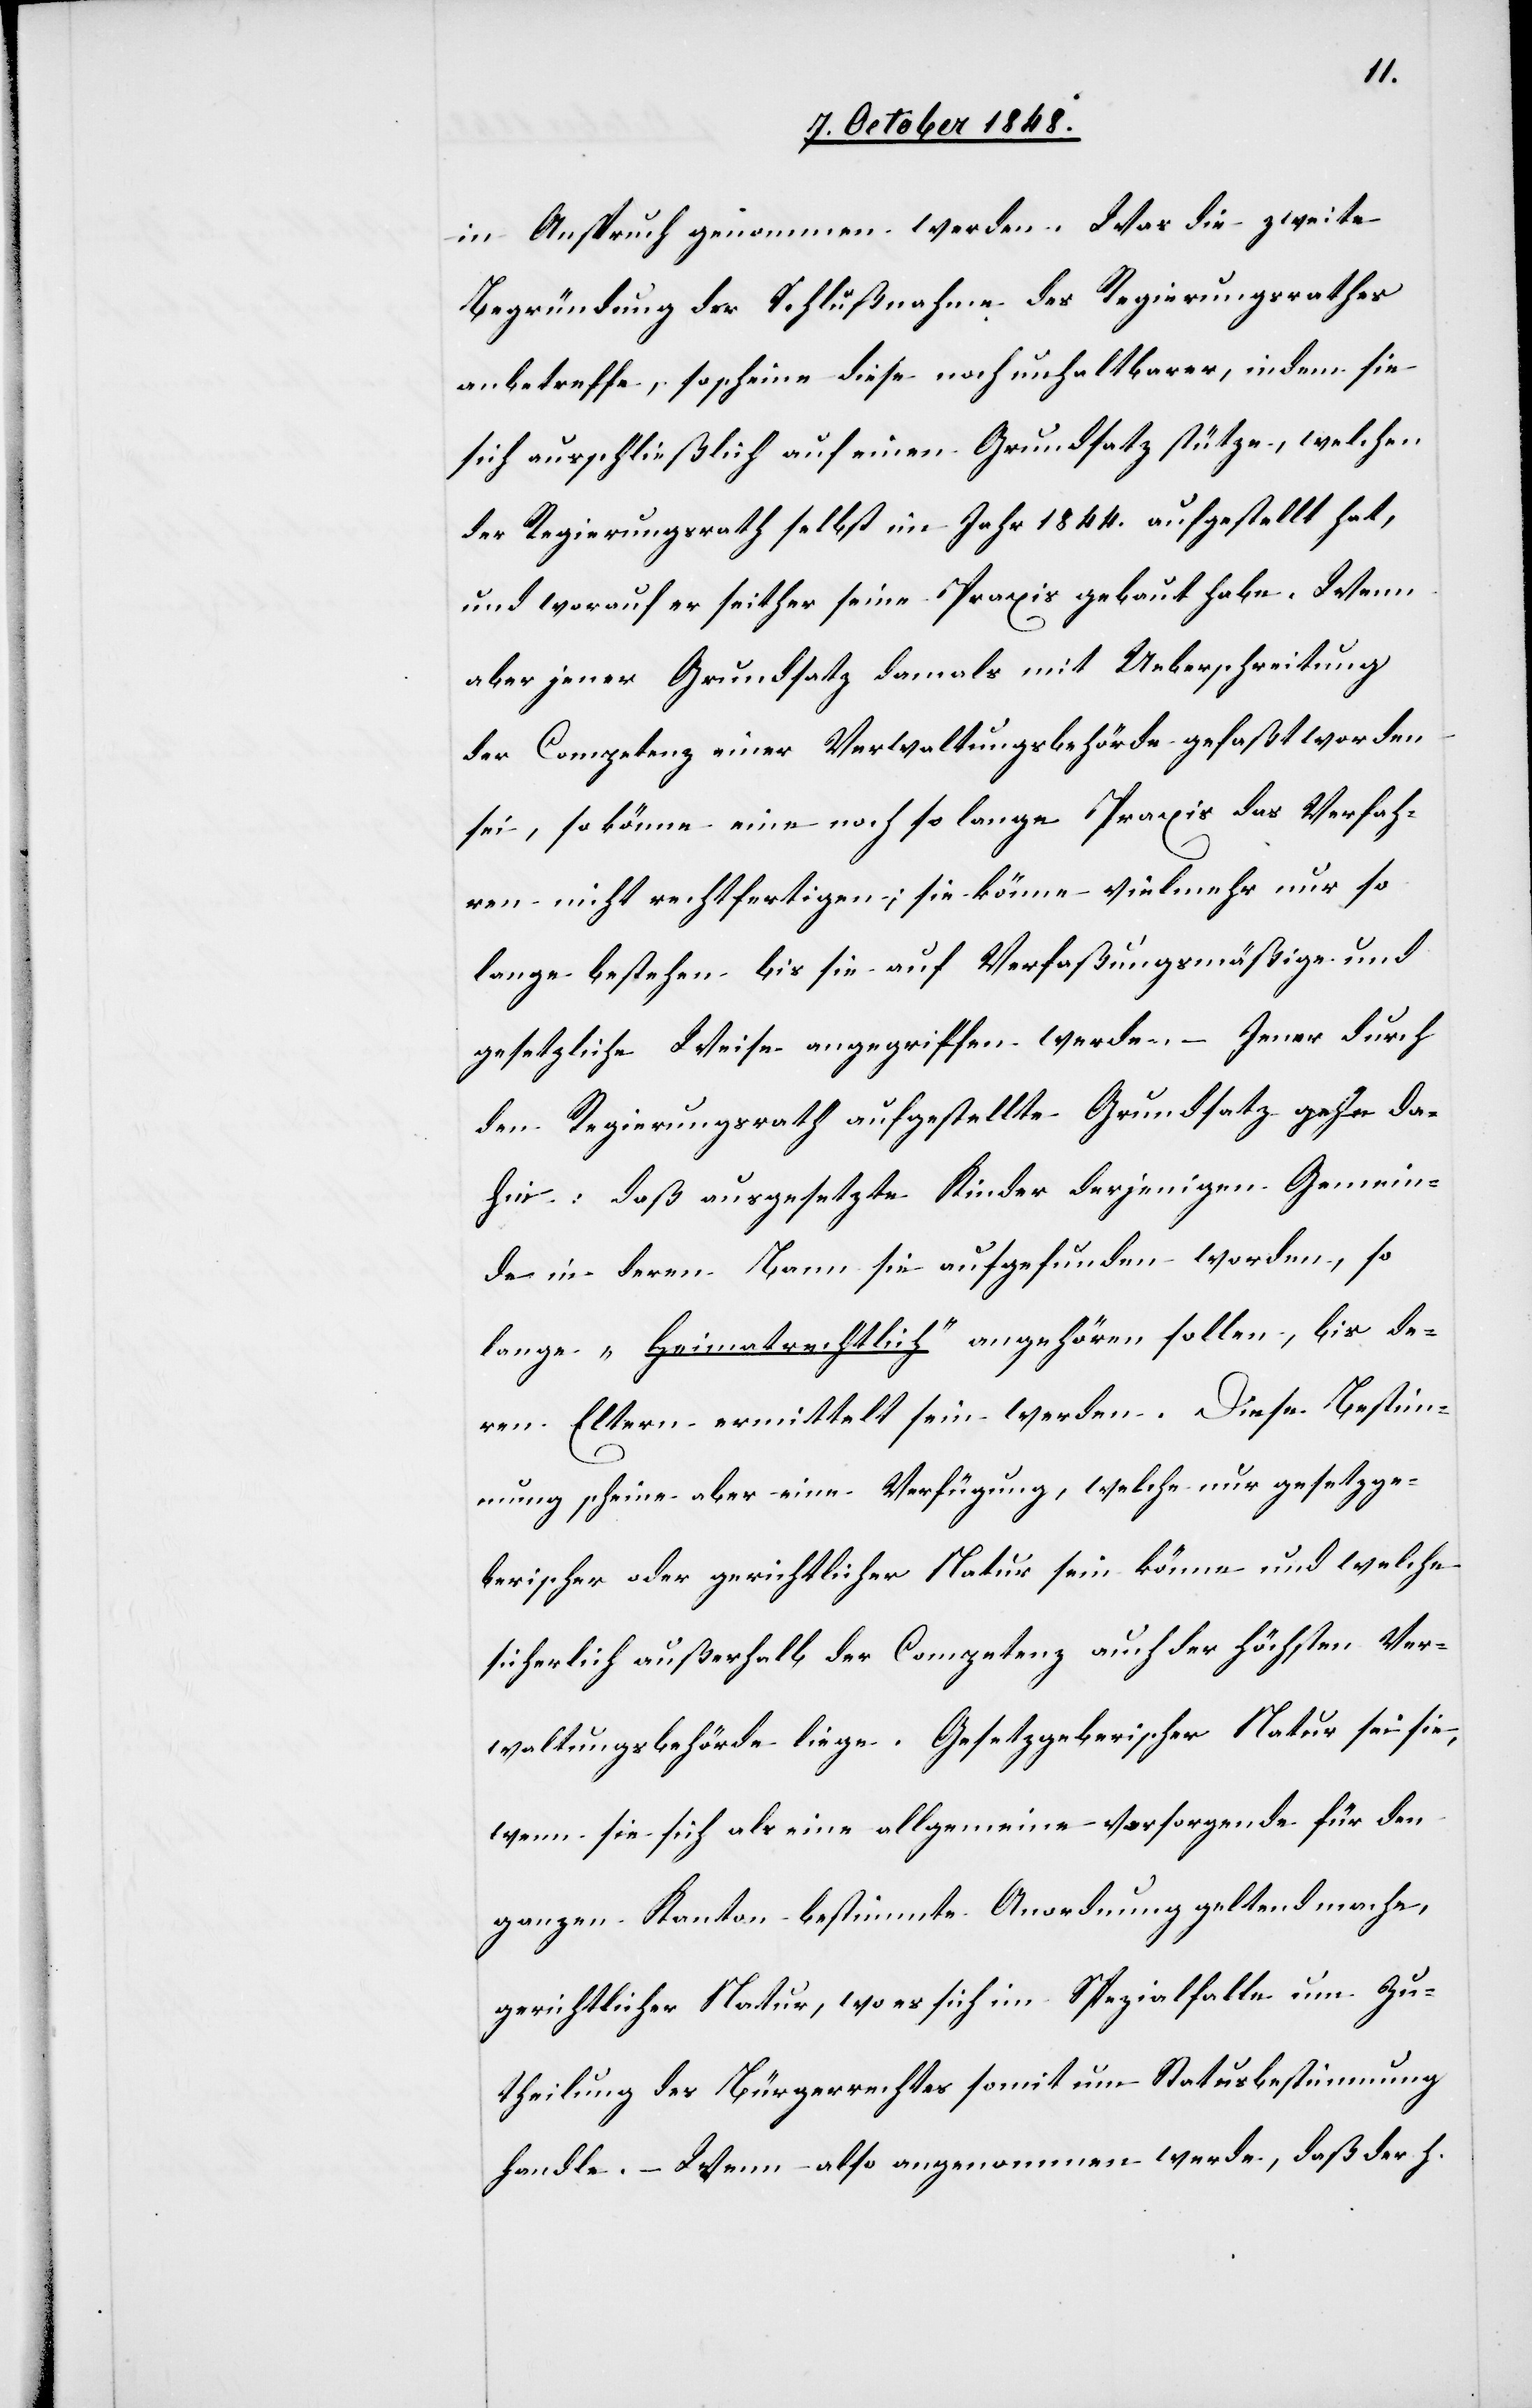
in Anspruch genommen werden. Was die zweite
Begründung der Schlußnahme des Regierungsrathes
anbetreffe, so scheine diese noch unhaltbarer, indem sie
sich ausschließlich auf einen Grundsatz stütze, welchen
der Regierungsrath selbst im Jahr 1844. aufgestellt hat,
und worauf er seither seine Praxis gebaut habe. Wenn
aber jener Grundsatz damals mit Ueberschreitung
der Competenz einer Verwaltungsbehörde gefaßt worden
sei, so könne eine noch so lange Praxis das Verfah¬
ren nicht rechtfertigen; sie könne vielmehr nur so
lange bestehen, bis sie auf Verfaßungsmäßige und
gesetzliche Weise angegriffen werden. – Jener durch
den Regierungsrath aufgestellte Grundsatz gehe da¬
hin: daß ausgesetzte Kinder derjenigen Gemein¬
de in deren Bann sie aufgefunden worden, so
lange „Heimatrechtlich“ angehören sollen, bis de¬
ren Eltern ermittelt sein werden. Diese Bestimm¬
ung scheine aber eine Verfügung, welche nur gesetzge¬
berischer oder gerichtlicher Natur sein könne und welche
sicherlich außerhalb der Competenz auch der höchsten Ver¬
waltungsbehörde liege. Gesetzgeberischer Natur sei sie,
wenn sie sich als eine allgemeine vorsorgende für den
ganzen Kanton bestimmte Anordnung geltend mache,
gerichtlicher Natur, wo es sich im Spezialfalle um Zu¬
theilung des Bürgerrechtes somit um Statusbestimmung
handle. – Wenn also angenommen werde, daß der h.